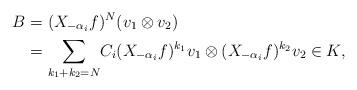
LaTeX: \begin{align*} B &= (X_{- \alpha_i} f)^N (v_1 \otimes v_2)\ \\& ={\displaystyle{\sum_{k_1 + k_2 = N}}} C_i(X_{-\alpha_i} f)^{k_1} v_1 \otimes (X_{-\alpha_i}f)^{k_2} v_2\in K,\end{align*}